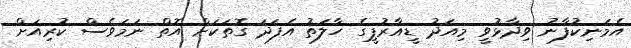
އެމަނިކުފާނު ވިދާޅުވީ މިއަދު ޑީއާރުޕީގެ ހާލަތު އެފަދަ ގޮތަކަށް އޮތް ނަމަވެސް ކުރިއަށް